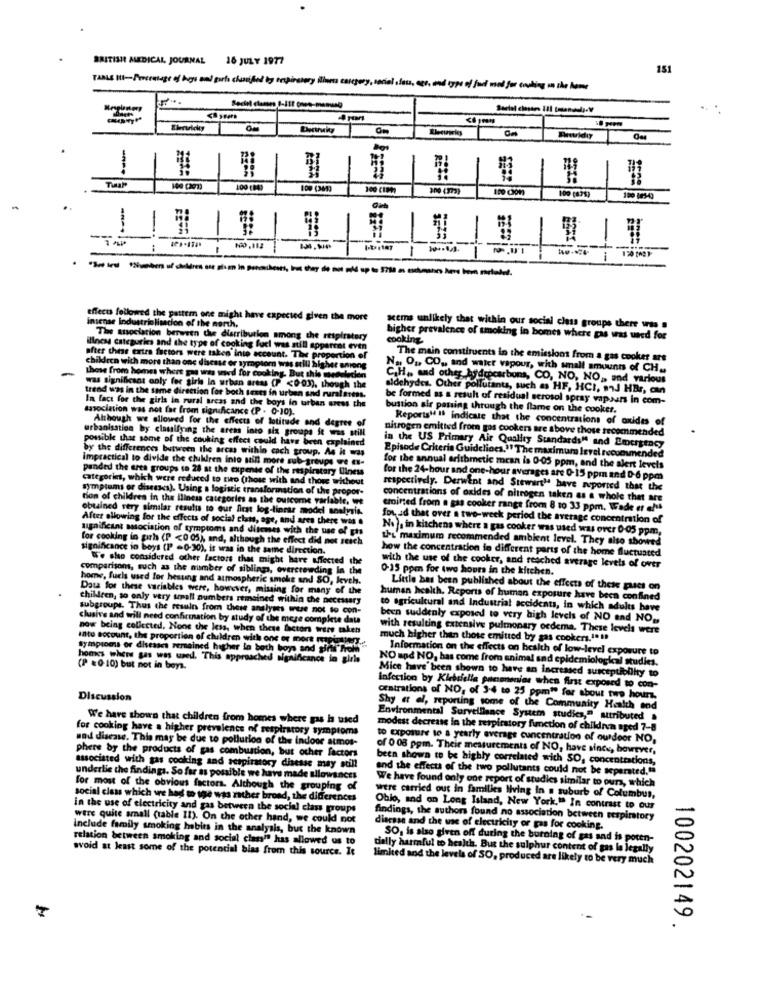
BRITISH MEDICAL JOURNAL 16 JULY 1977
151
TABLE IN-Percentage of boys and girls clunified ig erspirateny ilinea category, social .faua, epr. mnd type of fund med for cooking on the home
Casters
Elervicky
Twar
100 (1992
100 (675)
-
1
-
-UI
effects followed the pattern one might have expec
expected given the more
the more
insense industrialisation of the north,
acems unlikely that within our social class groups there was a
The association berween the distribution among the respiratory
higher prevalence of smoking in bomes where gas was used for
cooking
illness categories and the type of cooking fuci was still apparet even
after these extra factors were taken into account. The proportion of
The main constituents in the emissions from a gas cooker ars
-
children with more than one disease or symptom was still higher among
N ., Og, CO ,, and water vapour, with small amounts of CH ..
these from homes where gas was wed for cooking. But this medalecien
C.H ., and other hydrocarbons, CO, NO, NO ,, and various
was significant coly for girls in urban areas (P <0-03), though the
aldehydes. Other pollutants, such as HF, HCI, and HBr, can
trend was in the same direction for both tests in urban and ruralareas.
In fact for the girls in rural areas and the boys in urban areas che
be formed as a result of residual serosol spray vapaars in com-
association was not far from significance (P . 0-10).
bustion air passing through the flame on the cooker.
Reports" Il indicate that the concentrations of oxides of
urbanisation by clauifying the areas into six groups it was still
Although we allowed for the effects of latitude and degree of
nitrogen emitted from gos cookers are above those recommended
possible that some of the couking effect could have been explained
by the differences butween the areas withle each group. As it was
Episode Criteria Guidelines." The maximum level recommended
in the US Primary Air Quality Standards" and Emergency
Impractical to divide the cluburen into sin more sub-groups ure eu-
panded the eres groups to 28 at the expense of the respirstary Iliness
for the annual arithmetic mean is 0-05 ppm, and the alert levels
Categories, which were reduced to two (those with and those without
for the 24-hour and one-hour averages are 0-15 ppm and 0-6 ppm
symptoms or diseases). Using a logistic transformation of the propor-
respectively. Derwent and Stewart" have reported that the
tion of children in the iliness categories as the outcome variable, e
concentrations of oxides of nitrogen taken as a whole that are
obtained very similar results to our first log-linrar model analysis.
empirted from a gas cooker range from 8 to 33 ppm. Wade et af
After allowing for the effects of social class, age, and ares there was .
fou ad that over a two-week period the average concentration of
significant association of symptoms and ditemes with the use of phs
No), in kitchens where a gas cooker was used was over 0-05 ppm,
for cooking in girh (P <0 05), and, although the effect did not sesch
the maximum recommended ambient level. They also showed
significance in boys (1 -0-30), it was in the same direction.
how the concentration in different parts of the home fluctuated
W'e sho considered other factors that might have affected the
comparison, such as the number of siblings, overcrowding In the
0-15 ppm for two hours in the kitchen.
with the use of the cooker, and reached average levels of over
home, fuels used for hesung and atmospheric smoke and SO, leveh.
Dat for these variables were, however, missing for many of the
Little has been published about the effects of these pases on
children, so only very spall numbers remained within the necessary
human health. Reports of human exposure have been confined
subgroups. Thus the results from these analyses were not to con-
to agricultural and Industrial accidents, in which adults have
clusive and will need confirmation by study of the more complete data
been suddenly exposed to very high levels of NO end NO .,
now being collected, None the less, when these factors were taken
with resulting extensive pulmonary oedema. These levels were
late account, the proportion of children with one or mort meiner.
much higher than those emitted by gas cookers.1ª !!
Symptoms or diseases remained higher in beth boys and sinti"from"
Information on the effects on health of low-level exposure to
homes where gas was used. This approached significance in girls
NO and NO, has come from animal and epidemiological studies.
(P =0-10) but not in beys.
Mice have been shown to have an increased susceptibility to
Infection by Klebsiella panenonias when first exposed to con-
Discussion
CEatrations of NO, of 3-4 to 25 ppm" for about two hours.
Shy et al, reporting some of the Community Health and
We have shown that children from homes where gas is used
Environmental Surveillance System studies," attributed a
for cooking have a higher prevalence of respiratory symptoms
modest decrease in the respiratory function of children aged 7-8
und disease. This may be due to pollution of the indoor atmos-
to Exposure te a yearly average concentration of ourdoor NO,
phere by the products of gas combustion, but other factors
of 0 08 ppm. Their measurements of NO, have since, however,
been shown to be highly correlated with SO, concentrations,
associated with gas cooking and setpiratory disesse may still
and the effects of the two pollutants could not be separated."
underlie the findings. So far as possible we have made allowances
We have found only one report of studies similar to our, which
for most of the obvious factors. Although the grouping of
were carried out in families living In a suburb of Columbus,
social class which we had to the was rather broad, the differences
in the use of electricity and gas between the social class groups
Obio, and on Long Island, New York," In contrast to our
were quite small (table 11). On the other hand, we could not
findings, the authors found no association between respiratory
include family smoking habits in the analysis, but the known
disease and the use of electricity or gas for cooking.
relation between smoking and social classit has allowed us to
SO, is also given off during the burning of gas and is poten-
wvoid at least some of the potencial bias from this source. It
tially harmful to health. But the sulphur content of gas le legally
limited and the levels of SO, produced are likely to be very much
--
100202149 .